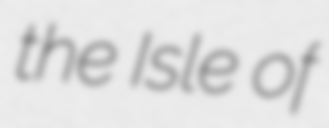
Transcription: the Isle of